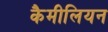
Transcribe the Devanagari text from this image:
कैमीलियन